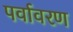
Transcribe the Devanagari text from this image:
पर्वावरण